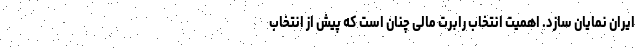
ایران نمایان سازد. اهمیت انتخاب رابرت مالی چنان است که پیش از انتخاب